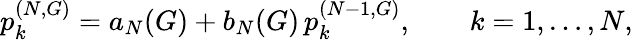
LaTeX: p_{k}^{(N,G)}=a_{N}(G)+b_{N}(G)\, p_{k}^{(N-1,G)},\qquad k=1,\dots,N,